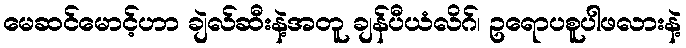
မေဆင်မောင့်ဟာ ချဲလ်ဆီးနဲ့အတူ ချန်ပီယံလိဂ်၊ ဥရောပစူပါဖလားနဲ့